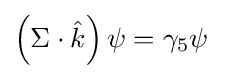
\left(\Sigma \cdot {\hat {k}}\right)\psi =\gamma _{5}\psi ~